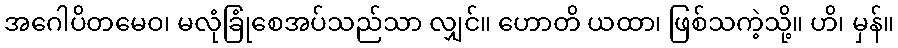
အဂေါပိတမေဝ၊ မလုံခြုံစေအပ်သည်သာ လျှင်။ ဟောတိ ယထာ၊ ဖြစ်သကဲ့သို့။ ဟိ၊ မှန်။